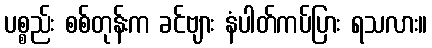
ပစ္စည်း စစ်တုန်းက ခင်ဗျား နံပါတ်ကပ်ပြား ရသလား။